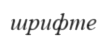
шрифте